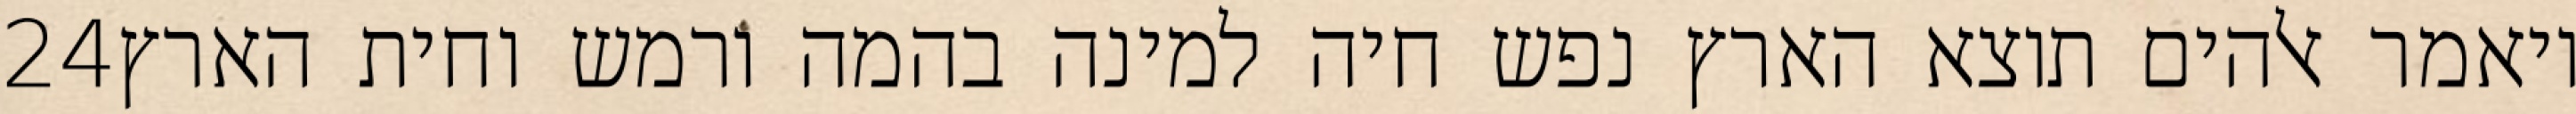
‎24‏ ויאמר אלהים תוצא הארץ נפש חיה למינה בהמה ורמש וחית הארץ